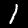
Digit: 1